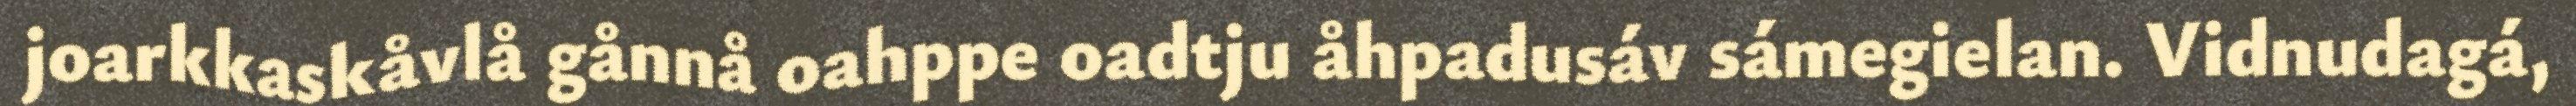
joarkkaskåvlå gånnå oahppe oadtju åhpadusáv sámegielan. Vidnudagá,